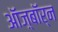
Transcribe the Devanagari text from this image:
ऑज़्बॉर्न